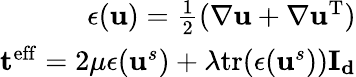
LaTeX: \begin{array}{r}{\mathbf{\epsilon}(\mathbf{u})=\frac{1}{2}(\nabla\mathbf{u}+\nabla\mathbf{u}^{\mathrm{T}})}\\ {\mathbf{t}^{\mathrm{eff}}=2\mu\mathbf{\epsilon}(\mathbf{u}^{s})+\lambda\mathrm{tr}(\mathbf{\epsilon}(\mathbf{u}^{s}))\mathbf{I_{d}}}\end{array}